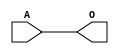
module JBUFC(A, O);
input   A;
output  O;
buf g0(O, A);
endmodule